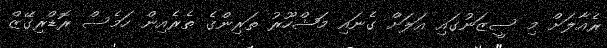
ރެއާލަށް މި ސީޒަނުގައި އަލަށް ގެނައި މަޝްހޫރު ތަރިންގެ ތެރެއިން ހަމެސް ރޮޑްރިގޭޒް